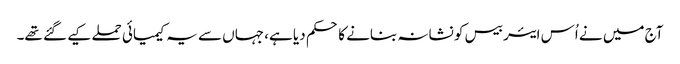
آج میں نے اُس ایئر بیس کو نشانہ بنانے کا حکم دیا ہے، جہاں سے یہ کیمیائی حملے کیے گئے تھے۔